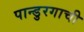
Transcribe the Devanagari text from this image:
पान्डुरगाची